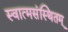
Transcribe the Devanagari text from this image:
स्वात्मसंस्थितम्